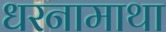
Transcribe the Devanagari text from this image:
धरनामाथा